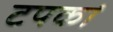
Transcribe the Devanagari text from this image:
टपकां